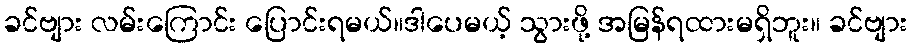
ခင်ဗျား လမ်းကြောင်း ပြောင်းရမယ်။ဒါပေမယ့် သွားဖို့ အမြန်ရထားမရှိဘူး။ ခင်ဗျား